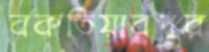
বকতিয়ারপুর